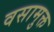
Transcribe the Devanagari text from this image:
वसामुक्त